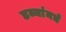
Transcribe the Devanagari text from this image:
डब्यांमधे